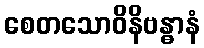
စေတသောဝိနိဗန္ဓာနံ